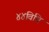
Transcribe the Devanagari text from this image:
४४विधि